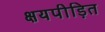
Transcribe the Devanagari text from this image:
क्षयपीड़ित